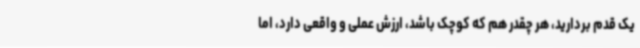
یک قدم بردارید، هر چقدر هم که کوچک باشد، ارزش عملی و واقعی دارد، اما